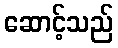
ဆောင့်သည်